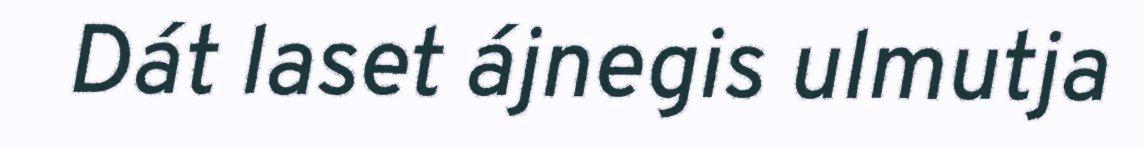
Dát laset ájnegis ulmutja